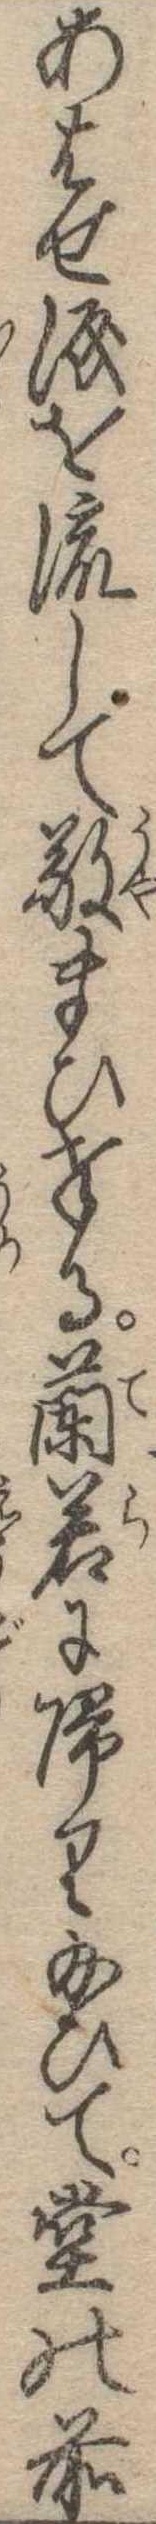
あはせ涙を流して敬まひ奉る蘭若に帰り給ひて堂の前